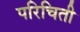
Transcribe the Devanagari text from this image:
परिचिती